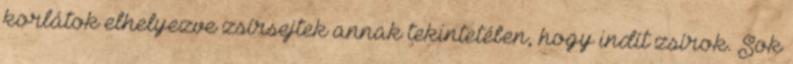
korlátok elhelyezve zsírsejtek annak tekintetében, hogy indít zsírok. Sok